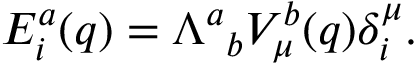
E _ { i } ^ { a } ( q ) = { \Lambda ^ { a } } _ { b } V _ { \mu } ^ { b } ( q ) \delta _ { i } ^ { \mu } .